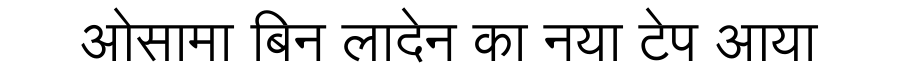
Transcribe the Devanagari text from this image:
ओसामा बिन लादेन का नया टेप आया